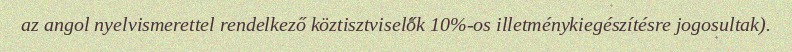
az angol nyelvismerettel rendelkező köztisztviselők 10%-os illetménykiegészítésre jogosultak).